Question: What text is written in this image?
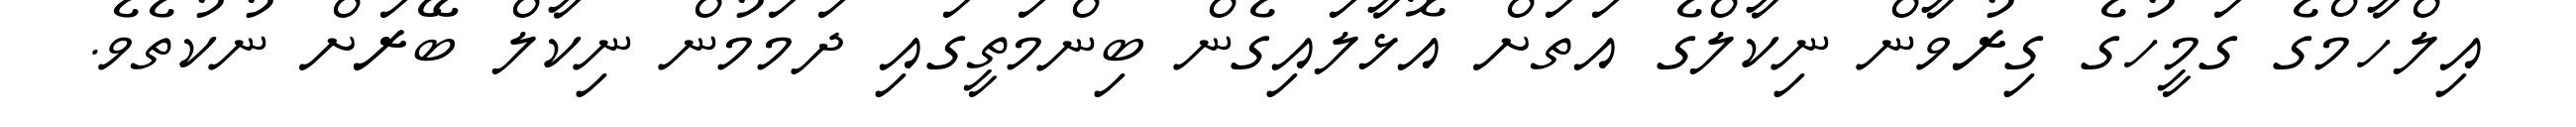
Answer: އިލްހާމްގެ ގަމީހުގެ ގިރުވާން ނިކާލްގެ އަތަށް އޮޅާލައިގެން ބިންމަތީގައި ދަމަމުން ނިކާލް ބޭރަށް ނުކުތެވެ.